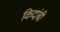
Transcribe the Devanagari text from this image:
किदांबी